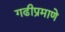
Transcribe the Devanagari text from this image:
गढीप्रमाणे